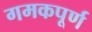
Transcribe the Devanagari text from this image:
गमकपूर्ण